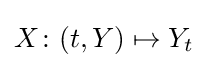
X\colon (t,Y)\mapsto Y_{t}